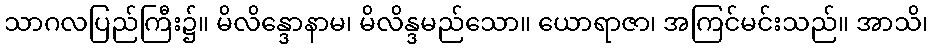
သာဂလပြည်ကြီး၌။ မိလိန္ဒောနာမ၊ မိလိန္ဒမည်သော။ ယောရာဇာ၊ အကြင်မင်းသည်။ အာသိ၊